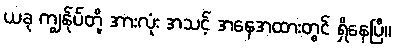
ယခု ကျွန်ုပ်တို့ အားလုံး အသင့် အနေအထားတွင် ရှိနေပြီ။